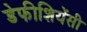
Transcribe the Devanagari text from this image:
डेफीशियेंसी